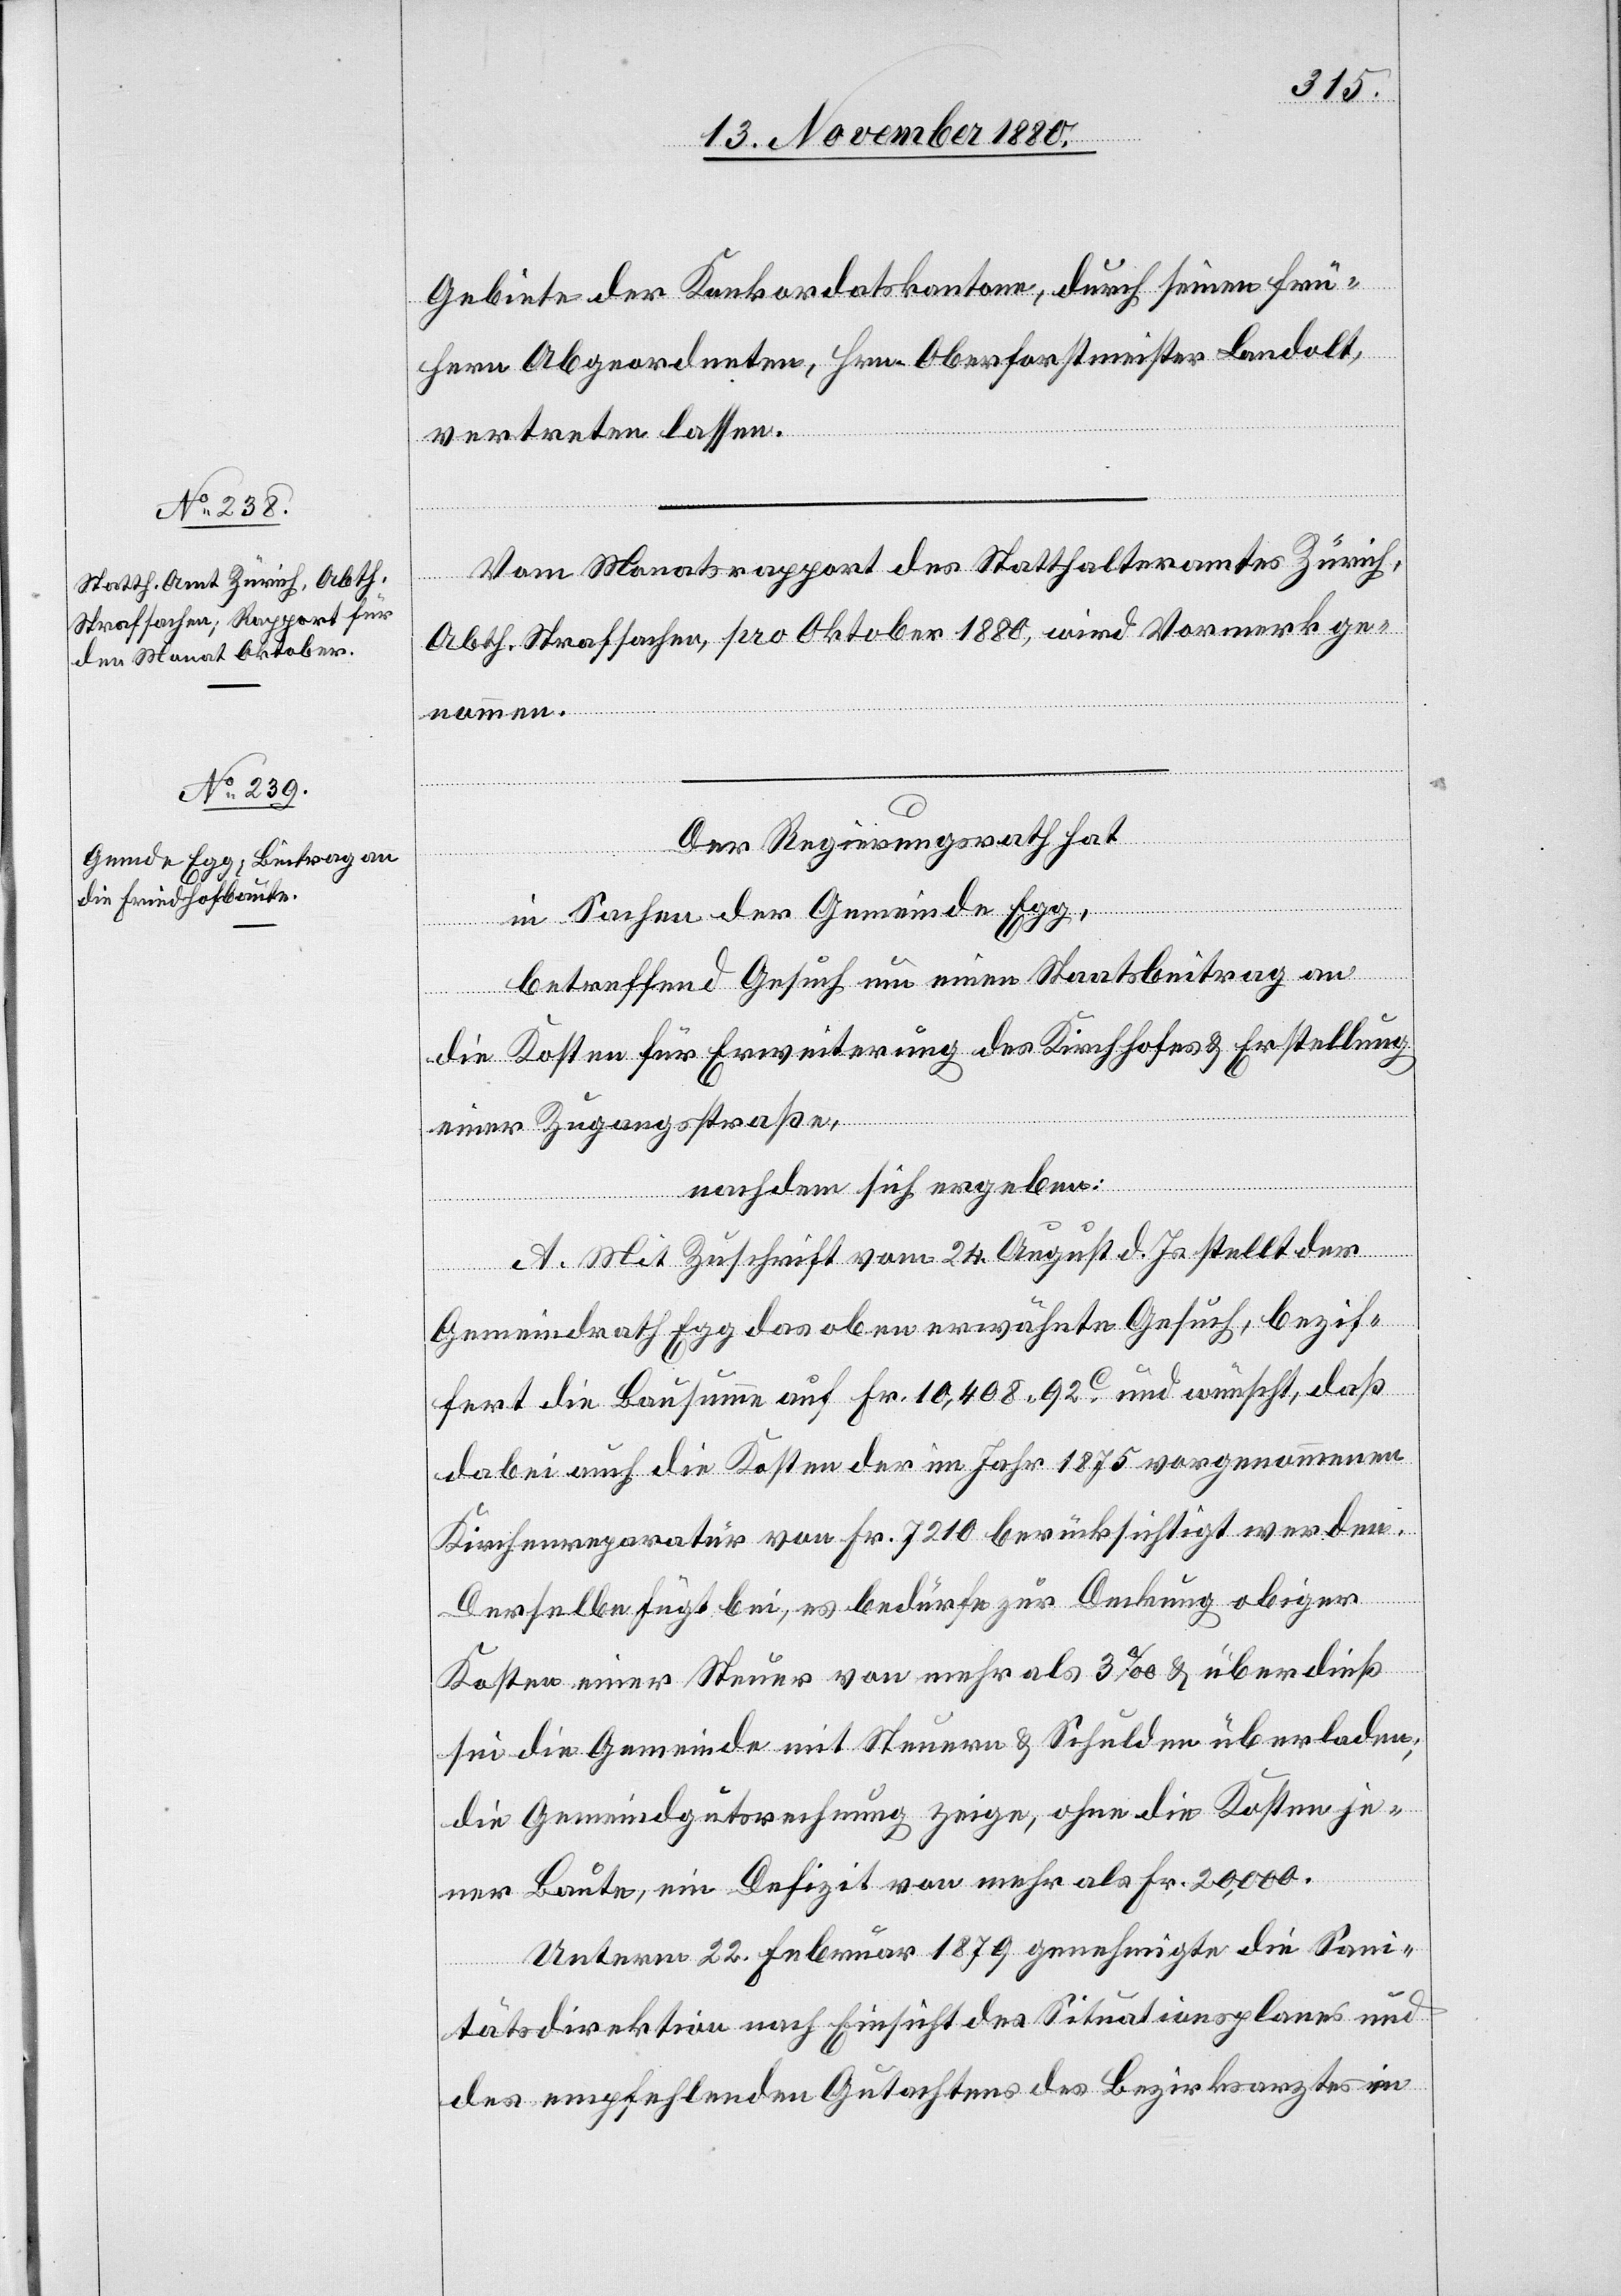
Gebiete der Konkordatskantone, durch seinen frü¬
hern Abgeordneten, Hrn. Oberforstmeister Landolt,
vertreten lassen.
Vom Monatsrapport des Statthalteramtes Zürich,
Abth. Strafsachen, pro Oktober 1880, wird Vormerk ge¬
nommen.
Der Regierungsrath hat
in Sachen der Gemeinde Egg,
betreffend Gesuch um einen Staatsbeitrag an
die Kosten für Erweiterung des Kirchhofes & Erstellung
einer Zugangsstraße,
nachdem sich ergeben:
A. Mit Zuschrift vom 24. August d. Js. stellt der
Gemeindrath Egg das oben erwähnte Gesuch, bezif¬
fert die Bausumme auf Fr. 10,408 92c und wünscht, daß
dabei auch die Kosten der im Jahr 1875 vorgenommenen
Kirchenreparatur von Fr. 7210 berücksichtigt werden.
Derselbe fügt bei, es bedürfe zur Deckung obiger
Kosten einer Steuer von mehr als 3‰ & überdieß
sei die Gemeinde mit Steuern & Schulden überladen,
die Gemeindgutsrechnung zeige, ohne die Kosten je¬
ner Baute, ein Defizit von mehr als Fr. 20,000.
Unterm 22. Februar 1879 genehmigte die Sani¬
tätsdirektion nach Einsicht des Situationsplanes und
des empfehlenden Gutachtens des Bezirksarztes in